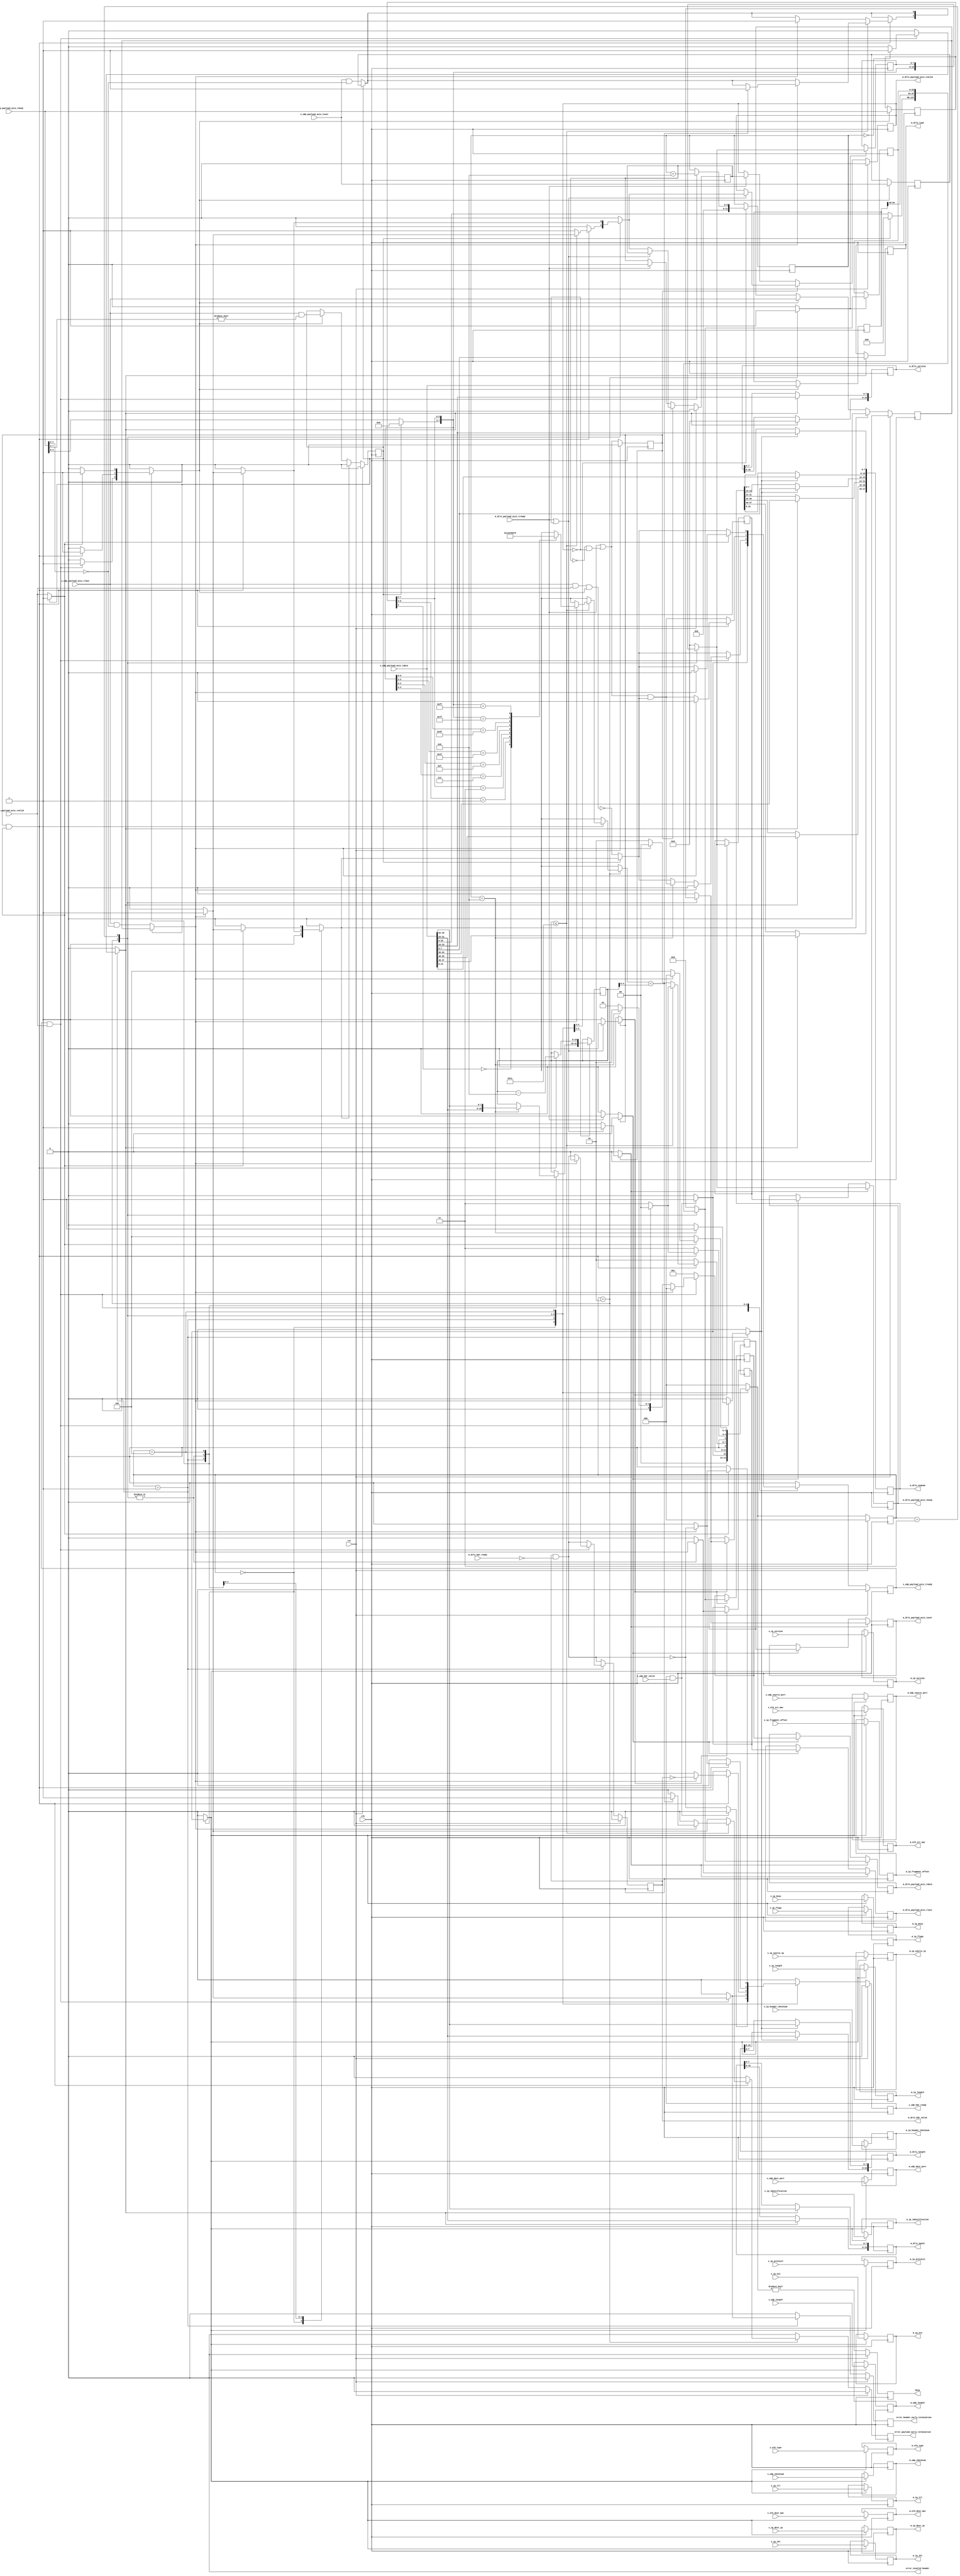
/*

Copyright (c) 2014-2018 Alex Forencich
Modified by Isaac Lee from ip_eth_rx_64.v

Permission is hereby granted, free of charge, to any person obtaining a copy
of this software and associated documentation files (the "Software"), to deal
in the Software without restriction, including without limitation the rights
to use, copy, modify, merge, publish, distribute, sublicense, and/or sell
copies of the Software, and to permit persons to whom the Software is
furnished to do so, subject to the following conditions:

The above copyright notice and this permission notice shall be included in
all copies or substantial portions of the Software.

THE SOFTWARE IS PROVIDED "AS IS", WITHOUT WARRANTY OF ANY KIND, EXPRESS OR
IMPLIED, INCLUDING BUT NOT LIMITED TO THE WARRANTIES OF MERCHANTABILITY
FITNESS FOR A PARTICULAR PURPOSE AND NONINFRINGEMENT. IN NO EVENT SHALL THE
AUTHORS OR COPYRIGHT HOLDERS BE LIABLE FOR ANY CLAIM, DAMAGES OR OTHER
LIABILITY, WHETHER IN AN ACTION OF CONTRACT, TORT OR OTHERWISE, ARISING FROM,
OUT OF OR IN CONNECTION WITH THE SOFTWARE OR THE USE OR OTHER DEALINGS IN
THE SOFTWARE.

*/

// Language: Verilog 2001

`resetall
`timescale 1ns / 1ps
`default_nettype none

/*
 * DTLS UDP frame receiver (UDP frame in, DTLS frame out, 64 bit datapath)
 */
module dtls_udp_rx_64
(
    input  wire        clk,
    input  wire        rst,

    /*
     * UDP frame input
     */
    input  wire        s_udp_hdr_valid,
    output wire        s_udp_hdr_ready,
    input  wire [47:0] s_eth_dest_mac,
    input  wire [47:0] s_eth_src_mac,
    input  wire [15:0] s_eth_type,
    input  wire [3:0]  s_ip_version,
    input  wire [3:0]  s_ip_ihl,
    input  wire [5:0]  s_ip_dscp,
    input  wire [1:0]  s_ip_ecn,
    input  wire [15:0] s_ip_length,
    input  wire [15:0] s_ip_identification,
    input  wire [2:0]  s_ip_flags,
    input  wire [12:0] s_ip_fragment_offset,
    input  wire [7:0]  s_ip_ttl,
    input  wire [7:0]  s_ip_protocol,
    input  wire [15:0] s_ip_header_checksum,
    input  wire [31:0] s_ip_source_ip,
    input  wire [31:0] s_ip_dest_ip,
    input  wire [15:0] s_udp_source_port,
    input  wire [15:0] s_udp_dest_port,
    input  wire [15:0] s_udp_length,
    input  wire [15:0] s_udp_checksum,
    input  wire [63:0] s_udp_payload_axis_tdata,
    input  wire [7:0]  s_udp_payload_axis_tkeep,
    input  wire        s_udp_payload_axis_tvalid,
    output wire        s_udp_payload_axis_tready,
    input  wire        s_udp_payload_axis_tlast,
    input  wire        s_udp_payload_axis_tuser,

    /*
     * DTLS frame output
     */
    output wire        m_dtls_hdr_valid,
    input  wire        m_dtls_hdr_ready,
    output wire [47:0] m_eth_dest_mac,
    output wire [47:0] m_eth_src_mac,
    output wire [15:0] m_eth_type,
    output wire [3:0]  m_ip_version,
    output wire [3:0]  m_ip_ihl,
    output wire [5:0]  m_ip_dscp,
    output wire [1:0]  m_ip_ecn,
    output wire [15:0] m_ip_length,
    output wire [15:0] m_ip_identification,
    output wire [2:0]  m_ip_flags,
    output wire [12:0] m_ip_fragment_offset,
    output wire [7:0]  m_ip_ttl,
    output wire [7:0]  m_ip_protocol,
    output wire [15:0] m_ip_header_checksum,
    output wire [31:0] m_ip_source_ip,
    output wire [31:0] m_ip_dest_ip,
    output wire [15:0] m_udp_source_port,
    output wire [15:0] m_udp_dest_port,
    output wire [15:0] m_udp_length,
    output wire [15:0] m_udp_checksum,
    output wire [7:0]  m_dtls_type,
    output wire [15:0] m_dtls_version,
    output wire [15:0] m_dtls_epoch,
    output wire [47:0] m_dtls_seqnum,
    output wire [15:0] m_dtls_length,
    output wire [63:0] m_dtls_payload_axis_tdata,
    output wire [7:0]  m_dtls_payload_axis_tkeep,
    output wire        m_dtls_payload_axis_tvalid,
    input  wire        m_dtls_payload_axis_tready,
    output wire        m_dtls_payload_axis_tlast,
    output wire        m_dtls_payload_axis_tuser,
    /*
     * Status signals
     */
    output wire        busy,
    output wire        error_header_early_termination,
    output wire        error_payload_early_termination,
    output wire        error_invalid_header
);

/*

DTLS Frame

 Field                       Length
 Destination MAC address     6 octets
 Source MAC address          6 octets
 Ethertype (0x0800)          2 octets
 Version (4)                 4 bits
 IHL (5-15)                  4 bits
 DSCP (0)                    6 bits
 ECN (0)                     2 bits
 length                      2 octets
 identification (0?)         2 octets
 flags (010)                 3 bits
 fragment offset (0)         13 bits
 time to live (64?)          1 octet
 protocol                    1 octet
 header checksum             2 octets
 source IP                   4 octets
 destination IP              4 octets
 options                     (IHL-5)*4 octets

 source port                 2 octets
 desination port             2 octets
 length                      2 octets
 checksum                    2 octets

 type                        1 octet
 version                     2 octets
 epoch                       2 octets
 sequence number             6 octets
 length                      2 octets

 payload                     length octets

This module receives a UDP frame with header fields in parallel and
payload on an AXI stream interface, decodes and strips the DTLS header fields,
then produces the header fields in parallel along with the DTLS payload in a
separate AXI stream.

*/

localparam [2:0]
    STATE_IDLE = 3'd0,
    STATE_READ_HEADER = 3'd1,
    STATE_READ_PAYLOAD = 3'd2,
    STATE_READ_PAYLOAD_LAST = 3'd3,
    STATE_WAIT_LAST = 3'd4;

reg [2:0] state_reg = STATE_IDLE, state_next;

// datapath control signals
reg store_udp_hdr;
reg store_hdr_word_0;
reg store_hdr_word_1;
reg store_last_word;

reg flush_save;
reg transfer_in_save;

reg [5:0] hdr_ptr_reg = 6'd0, hdr_ptr_next;
reg [15:0] word_count_reg = 16'd0, word_count_next;

reg [63:0] last_word_data_reg = 64'd0;
reg [7:0] last_word_keep_reg = 8'd0;

reg s_udp_hdr_ready_reg = 1'b0, s_udp_hdr_ready_next;
reg s_udp_payload_axis_tready_reg = 1'b0, s_udp_payload_axis_tready_next;

reg m_dtls_hdr_valid_reg = 1'b0, m_dtls_hdr_valid_next;
reg [47:0] m_eth_dest_mac_reg = 48'd0;
reg [47:0] m_eth_src_mac_reg = 48'd0;
reg [15:0] m_eth_type_reg = 16'd0;
reg [3:0] m_ip_version_reg = 4'd0;
reg [3:0] m_ip_ihl_reg = 4'd0;
reg [5:0] m_ip_dscp_reg = 6'd0;
reg [1:0] m_ip_ecn_reg = 2'd0;
reg [15:0] m_ip_length_reg = 16'd0;
reg [15:0] m_ip_identification_reg = 16'd0;
reg [2:0] m_ip_flags_reg = 3'd0;
reg [12:0] m_ip_fragment_offset_reg = 13'd0;
reg [7:0] m_ip_ttl_reg = 8'd0;
reg [7:0] m_ip_protocol_reg = 8'd0;
reg [15:0] m_ip_header_checksum_reg = 16'd0;
reg [31:0] m_ip_source_ip_reg = 32'd0;
reg [31:0] m_ip_dest_ip_reg = 32'd0;
reg [15:0] m_udp_source_port_reg = 16'd0;
reg [15:0] m_udp_dest_port_reg = 16'd0;
reg [15:0] m_udp_length_reg = 16'd0;
reg [15:0] m_udp_checksum_reg = 16'd0;
reg [7:0] m_dtls_type_reg = 8'd0;
reg [15:0] m_dtls_version_reg = 16'd0;
reg [15:0] m_dtls_epoch_reg = 16'd0;
reg [47:0] m_dtls_seqnum_reg = 48'd0;
reg [15:0] m_dtls_length_reg = 16'd0;

reg busy_reg = 1'b0;
reg error_header_early_termination_reg = 1'b0, error_header_early_termination_next;
reg error_payload_early_termination_reg = 1'b0, error_payload_early_termination_next;
reg error_invalid_header_reg = 1'b0, error_invalid_header_next;

reg [63:0] save_udp_payload_axis_tdata_reg = 64'd0;
reg [7:0] save_udp_payload_axis_tkeep_reg = 8'd0;
reg save_udp_payload_axis_tlast_reg = 1'b0;
reg save_udp_payload_axis_tuser_reg = 1'b0;

reg [63:0] shift_udp_payload_axis_tdata;
reg [7:0] shift_udp_payload_axis_tkeep;
reg shift_udp_payload_axis_tvalid;
reg shift_udp_payload_axis_tlast;
reg shift_udp_payload_axis_tuser;
reg shift_udp_payload_s_tready;
reg shift_udp_payload_extra_cycle_reg = 1'b0;

// internal datapath
reg [63:0] m_dtls_payload_axis_tdata_int;
reg [7:0]  m_dtls_payload_axis_tkeep_int;
reg        m_dtls_payload_axis_tvalid_int;
reg        m_dtls_payload_axis_tready_int_reg = 1'b0;
reg        m_dtls_payload_axis_tlast_int;
reg        m_dtls_payload_axis_tuser_int;
wire       m_dtls_payload_axis_tready_int_early;

assign s_udp_hdr_ready = s_udp_hdr_ready_reg;
assign s_udp_payload_axis_tready = s_udp_payload_axis_tready_reg;

assign m_dtls_hdr_valid = m_dtls_hdr_valid_reg;
assign m_eth_dest_mac = m_eth_dest_mac_reg;
assign m_eth_src_mac = m_eth_src_mac_reg;
assign m_eth_type = m_eth_type_reg;
assign m_ip_version = m_ip_version_reg;
assign m_ip_ihl = m_ip_ihl_reg;
assign m_ip_dscp = m_ip_dscp_reg;
assign m_ip_ecn = m_ip_ecn_reg;
assign m_ip_length = m_ip_length_reg;
assign m_ip_identification = m_ip_identification_reg;
assign m_ip_flags = m_ip_flags_reg;
assign m_ip_fragment_offset = m_ip_fragment_offset_reg;
assign m_ip_ttl = m_ip_ttl_reg;
assign m_ip_protocol = m_ip_protocol_reg;
assign m_ip_header_checksum = m_ip_header_checksum_reg;
assign m_ip_source_ip = m_ip_source_ip_reg;
assign m_ip_dest_ip = m_ip_dest_ip_reg;
assign m_udp_source_port = m_udp_source_port_reg;
assign m_udp_dest_port = m_udp_dest_port_reg;
assign m_udp_length = m_udp_length_reg;
assign m_udp_checksum = m_udp_checksum_reg;
assign m_dtls_type = m_dtls_type_reg;
assign m_dtls_version = m_dtls_version_reg;
assign m_dtls_epoch = m_dtls_epoch_reg;
assign m_dtls_seqnum = m_dtls_seqnum_reg;
assign m_dtls_length = m_dtls_length_reg;

assign busy = busy_reg;
assign error_header_early_termination = error_header_early_termination_reg;
assign error_payload_early_termination = error_payload_early_termination_reg;
assign error_invalid_header = error_invalid_header_reg;

function [3:0] keep2count;
    input [7:0] k;
    casez (k)
        8'bzzzzzzz0: keep2count = 4'd0;
        8'bzzzzzz01: keep2count = 4'd1;
        8'bzzzzz011: keep2count = 4'd2;
        8'bzzzz0111: keep2count = 4'd3;
        8'bzzz01111: keep2count = 4'd4;
        8'bzz011111: keep2count = 4'd5;
        8'bz0111111: keep2count = 4'd6;
        8'b01111111: keep2count = 4'd7;
        8'b11111111: keep2count = 4'd8;
    endcase
endfunction

function [7:0] count2keep;
    input [3:0] k;
    case (k)
        4'd0: count2keep = 8'b00000000;
        4'd1: count2keep = 8'b00000001;
        4'd2: count2keep = 8'b00000011;
        4'd3: count2keep = 8'b00000111;
        4'd4: count2keep = 8'b00001111;
        4'd5: count2keep = 8'b00011111;
        4'd6: count2keep = 8'b00111111;
        4'd7: count2keep = 8'b01111111;
        4'd8: count2keep = 8'b11111111;
    endcase
endfunction

always @* begin
    // shift udp payload by 5 octets so that start of dtls payload is aligned at start of 8 octet word
    shift_udp_payload_axis_tdata[23:0] = save_udp_payload_axis_tdata_reg[63:40];
    shift_udp_payload_axis_tkeep[2:0] = save_udp_payload_axis_tkeep_reg[7:5];

    if (shift_udp_payload_extra_cycle_reg) begin
        shift_udp_payload_axis_tdata[63:24] = 40'd0;
        shift_udp_payload_axis_tkeep[7:3] = 5'd0;
        shift_udp_payload_axis_tvalid = 1'b1;
        shift_udp_payload_axis_tlast = save_udp_payload_axis_tlast_reg;
        shift_udp_payload_axis_tuser = save_udp_payload_axis_tuser_reg;
        shift_udp_payload_s_tready = flush_save;
    end else begin
        shift_udp_payload_axis_tdata[63:24] = s_udp_payload_axis_tdata[39:0];
        shift_udp_payload_axis_tkeep[7:3] = s_udp_payload_axis_tkeep[4:0];
        shift_udp_payload_axis_tvalid = s_udp_payload_axis_tvalid;
        shift_udp_payload_axis_tlast = (s_udp_payload_axis_tlast && (s_udp_payload_axis_tkeep[7:4] == 0));
        shift_udp_payload_axis_tuser = (s_udp_payload_axis_tuser && (s_udp_payload_axis_tkeep[7:4] == 0));
        shift_udp_payload_s_tready = !(s_udp_payload_axis_tlast && s_udp_payload_axis_tvalid && transfer_in_save);
    end
end

always @* begin
    state_next = STATE_IDLE;

    flush_save = 1'b0;
    transfer_in_save = 1'b0;

    s_udp_hdr_ready_next = 1'b0;
    s_udp_payload_axis_tready_next = 1'b0;

    store_udp_hdr = 1'b0;
    store_hdr_word_0 = 1'b0;
    store_hdr_word_1 = 1'b0;

    store_last_word = 1'b0;

    hdr_ptr_next = hdr_ptr_reg;
    word_count_next = word_count_reg;

    m_dtls_hdr_valid_next = m_dtls_hdr_valid_reg && !m_dtls_hdr_ready;

    error_header_early_termination_next = 1'b0;
    error_payload_early_termination_next = 1'b0;
    error_invalid_header_next = 1'b0;

    m_dtls_payload_axis_tdata_int = 64'd0;
    m_dtls_payload_axis_tkeep_int = 8'd0;
    m_dtls_payload_axis_tvalid_int = 1'b0;
    m_dtls_payload_axis_tlast_int = 1'b0;
    m_dtls_payload_axis_tuser_int = 1'b0;

    case (state_reg)
        STATE_IDLE: begin
            // idle state - wait for header
            hdr_ptr_next = 6'd0;
            flush_save = 1'b1;
            s_udp_hdr_ready_next = !m_dtls_hdr_valid_next;

            if (s_udp_hdr_ready && s_udp_hdr_valid) begin
                s_udp_hdr_ready_next = 1'b0;
                s_udp_payload_axis_tready_next = 1'b1;
                store_udp_hdr = 1'b1;
                state_next = STATE_READ_HEADER;
            end else begin
                state_next = STATE_IDLE;
            end
        end
        STATE_READ_HEADER: begin
            // read header
            s_udp_payload_axis_tready_next = shift_udp_payload_s_tready;

            if (s_udp_payload_axis_tready && s_udp_payload_axis_tvalid) begin
                // word transfer in - store it
                hdr_ptr_next = hdr_ptr_reg + 6'd8;
                transfer_in_save = 1'b1;
                state_next = STATE_READ_HEADER;

                case (hdr_ptr_reg)
                    6'h00: begin
                        store_hdr_word_0 = 1'b1;
                    end
                    6'h08: begin
                        store_hdr_word_1 = 1'b1;
                        word_count_next = {s_udp_payload_axis_tdata[31:24], s_udp_payload_axis_tdata[39:32]};
                        s_udp_payload_axis_tready_next = m_dtls_payload_axis_tready_int_early && shift_udp_payload_s_tready;
                        // m_dtls_hdr_valid_next = 1'b1;
                        state_next = STATE_READ_PAYLOAD;
                        // if (m_dtls_version_reg != 16'hfefd) begin // DTLS 1.2 version is {254, 253}
                        //     error_invalid_header_next = 1'b1;
                        //     s_udp_payload_axis_tready_next = shift_udp_payload_s_tready;
                        //     state_next = STATE_WAIT_LAST;
                        // end else begin
                        //     s_udp_payload_axis_tready_next = m_dtls_payload_axis_tready_int_early && shift_udp_payload_s_tready;
                        //     state_next = STATE_READ_PAYLOAD;
                        // end
                    end
                endcase

                if (shift_udp_payload_axis_tlast) begin
                    error_header_early_termination_next = 1'b1;
                    error_invalid_header_next = 1'b0;
                    m_dtls_hdr_valid_next = 1'b0;
                    s_udp_hdr_ready_next = !m_dtls_hdr_valid_next;
                    s_udp_payload_axis_tready_next = 1'b0;
                    state_next = STATE_IDLE;
                end

            end else begin
                state_next = STATE_READ_HEADER;
            end
        end
        STATE_READ_PAYLOAD: begin
            // read payload
            s_udp_payload_axis_tready_next = m_dtls_payload_axis_tready_int_early && shift_udp_payload_s_tready;
            m_dtls_payload_axis_tdata_int = shift_udp_payload_axis_tdata;
            m_dtls_payload_axis_tkeep_int = shift_udp_payload_axis_tkeep;
            m_dtls_payload_axis_tlast_int = shift_udp_payload_axis_tlast;
            m_dtls_payload_axis_tuser_int = shift_udp_payload_axis_tuser;

            store_last_word = 1'b1;

            if (m_dtls_payload_axis_tready_int_reg && shift_udp_payload_axis_tvalid) begin
                // word transfer through
                word_count_next = word_count_reg - 16'd8;
                transfer_in_save = 1'b1;
                m_dtls_payload_axis_tvalid_int = 1'b1;
                if (word_count_reg <= (8 + 20)) begin // 20 bytes for sha hash
                    // have entire payload
                    m_dtls_payload_axis_tkeep_int = shift_udp_payload_axis_tkeep; // & count2keep(word_count_reg);
                    if (shift_udp_payload_axis_tlast) begin
                        if (keep2count(shift_udp_payload_axis_tkeep) < word_count_reg[4:0]) begin
                            // end of frame, but length does not match
                            error_payload_early_termination_next = 1'b1;
                            m_dtls_payload_axis_tuser_int = 1'b1;
                        end
                        s_udp_payload_axis_tready_next = 1'b0;
                        flush_save = 1'b1;
                        s_udp_hdr_ready_next = !m_dtls_hdr_valid_reg;
                        state_next = STATE_IDLE;
                    end else begin
                        m_dtls_payload_axis_tvalid_int = 1'b0;
                        state_next = STATE_READ_PAYLOAD_LAST;
                    end
                end else begin
                    if (shift_udp_payload_axis_tlast) begin
                        // end of frame, but length does not match
                        error_payload_early_termination_next = 1'b1;
                        m_dtls_payload_axis_tuser_int = 1'b1;
                        s_udp_payload_axis_tready_next = 1'b0;
                        flush_save = 1'b1;
                        s_udp_hdr_ready_next = !m_dtls_hdr_valid_reg;
                        state_next = STATE_IDLE;
                    end else begin
                        state_next = STATE_READ_PAYLOAD;
                    end
                end
            end else begin
                state_next = STATE_READ_PAYLOAD;
            end

        end
        STATE_READ_PAYLOAD_LAST: begin
            // read and discard until end of frame
            s_udp_payload_axis_tready_next = m_dtls_payload_axis_tready_int_early && shift_udp_payload_s_tready;

            m_dtls_payload_axis_tdata_int = last_word_data_reg;
            m_dtls_payload_axis_tkeep_int = last_word_keep_reg;
            m_dtls_payload_axis_tlast_int = shift_udp_payload_axis_tlast;
            m_dtls_payload_axis_tuser_int = shift_udp_payload_axis_tuser;

            if (m_dtls_payload_axis_tready_int_reg && shift_udp_payload_axis_tvalid) begin
                transfer_in_save = 1'b1;
                if (shift_udp_payload_axis_tlast) begin
                    s_udp_payload_axis_tready_next = 1'b0;
                    flush_save = 1'b1;
                    s_udp_hdr_ready_next = !m_dtls_hdr_valid_next;
                    m_dtls_payload_axis_tvalid_int = 1'b1;
                    state_next = STATE_IDLE;
                end else begin
                    state_next = STATE_READ_PAYLOAD_LAST;
                end
            end else begin
                state_next = STATE_READ_PAYLOAD_LAST;
            end
        end
        STATE_WAIT_LAST: begin
            // read and discard until end of frame
            s_udp_payload_axis_tready_next = shift_udp_payload_s_tready;

            if (shift_udp_payload_axis_tvalid) begin
                transfer_in_save = 1'b1;
                if (shift_udp_payload_axis_tlast) begin
                    s_udp_payload_axis_tready_next = 1'b0;
                    flush_save = 1'b1;
                    s_udp_hdr_ready_next = !m_dtls_hdr_valid_next;
                    state_next = STATE_IDLE;
                end else begin
                    state_next = STATE_WAIT_LAST;
                end
            end else begin
                state_next = STATE_WAIT_LAST;
            end
        end
    endcase
end

always @(posedge clk) begin
    if (rst) begin
        state_reg <= STATE_IDLE;
        s_udp_hdr_ready_reg <= 1'b0;
        s_udp_payload_axis_tready_reg <= 1'b0;
        m_dtls_hdr_valid_reg <= 1'b0;
        save_udp_payload_axis_tlast_reg <= 1'b0;
        shift_udp_payload_extra_cycle_reg <= 1'b0;
        busy_reg <= 1'b0;
        error_header_early_termination_reg <= 1'b0;
        error_payload_early_termination_reg <= 1'b0;
        error_invalid_header_reg <= 1'b0;
        // error_invalid_checksum_reg <= 1'b0;
    end else begin
        state_reg <= state_next;

        s_udp_hdr_ready_reg <= s_udp_hdr_ready_next;
        s_udp_payload_axis_tready_reg <= s_udp_payload_axis_tready_next;

        m_dtls_hdr_valid_reg <= m_dtls_hdr_valid_next;

        error_header_early_termination_reg <= error_header_early_termination_next;
        error_payload_early_termination_reg <= error_payload_early_termination_next;
        error_invalid_header_reg <= error_invalid_header_next;
        // error_invalid_checksum_reg <= error_invalid_checksum_next;

        busy_reg <= state_next != STATE_IDLE;

        // datapath
        if (flush_save) begin
            save_udp_payload_axis_tlast_reg <= 1'b0;
            shift_udp_payload_extra_cycle_reg <= 1'b0;
        end else if (transfer_in_save) begin
            save_udp_payload_axis_tlast_reg <= s_udp_payload_axis_tlast;
            shift_udp_payload_extra_cycle_reg <= s_udp_payload_axis_tlast && (s_udp_payload_axis_tkeep[7:3] != 0);
        end
    end

    hdr_ptr_reg <= hdr_ptr_next;
    word_count_reg <= word_count_next;

    // datapath
    if (store_udp_hdr) begin
        m_eth_dest_mac_reg <= s_eth_dest_mac;
        m_eth_src_mac_reg <= s_eth_src_mac;
        m_eth_type_reg <= s_eth_type;
        m_ip_version_reg <= s_ip_version;
        m_ip_ihl_reg <= s_ip_ihl;
        m_ip_dscp_reg <= s_ip_dscp;
        m_ip_ecn_reg <= s_ip_ecn;
        m_ip_length_reg <= s_ip_length;
        m_ip_identification_reg <= s_ip_identification;
        m_ip_flags_reg <= s_ip_flags;
        m_ip_fragment_offset_reg <= s_ip_fragment_offset;
        m_ip_ttl_reg <= s_ip_ttl;
        m_ip_protocol_reg <= s_ip_protocol;
        m_ip_header_checksum_reg <= s_ip_header_checksum;
        m_ip_source_ip_reg <= s_ip_source_ip;
        m_ip_dest_ip_reg <= s_ip_dest_ip;
        m_udp_source_port_reg <= s_udp_source_port;
        m_udp_dest_port_reg <= s_udp_dest_port;
        m_udp_length_reg <= s_udp_length;
        m_udp_checksum_reg <= s_udp_checksum;
    end

    if (store_last_word) begin
        last_word_data_reg <= m_dtls_payload_axis_tdata_int;
        last_word_keep_reg <= m_dtls_payload_axis_tkeep_int;
    end

    if (store_hdr_word_0) begin
        m_dtls_type_reg <= s_udp_payload_axis_tdata[ 7: 0];
        m_dtls_version_reg[15: 0] <= s_udp_payload_axis_tdata[15: 8];
        m_dtls_version_reg[7: 0] <= s_udp_payload_axis_tdata[23:16];
        m_dtls_epoch_reg[15: 8] <= s_udp_payload_axis_tdata[31:24];
        m_dtls_epoch_reg[ 7: 0] <= s_udp_payload_axis_tdata[39:32];
        m_dtls_seqnum_reg[47:40] <= s_udp_payload_axis_tdata[47:40];
        m_dtls_seqnum_reg[39:32] <= s_udp_payload_axis_tdata[55:48];
        m_dtls_seqnum_reg[31:24] <= s_udp_payload_axis_tdata[63:56];
    end

    if (store_hdr_word_1) begin
        m_dtls_seqnum_reg[23:16] <= s_udp_payload_axis_tdata[ 7: 0];
        m_dtls_seqnum_reg[15: 8] <= s_udp_payload_axis_tdata[15: 8];
        m_dtls_seqnum_reg[ 7: 0] <= s_udp_payload_axis_tdata[23:16];
        m_dtls_length_reg[15: 8] <= s_udp_payload_axis_tdata[31:24];
        m_dtls_length_reg[ 7: 0] <= s_udp_payload_axis_tdata[39:32];
    end

    if (transfer_in_save) begin
        save_udp_payload_axis_tdata_reg <= s_udp_payload_axis_tdata;
        save_udp_payload_axis_tkeep_reg <= s_udp_payload_axis_tkeep;
        save_udp_payload_axis_tuser_reg <= s_udp_payload_axis_tuser;
    end
end

// output datapath logic
reg [63:0] m_dtls_payload_axis_tdata_reg = 64'd0;
reg [7:0]  m_dtls_payload_axis_tkeep_reg = 8'd0;
reg        m_dtls_payload_axis_tvalid_reg = 1'b0, m_dtls_payload_axis_tvalid_next;
reg        m_dtls_payload_axis_tlast_reg = 1'b0;
reg        m_dtls_payload_axis_tuser_reg = 1'b0;

reg [63:0] temp_m_dtls_payload_axis_tdata_reg = 64'd0;
reg [7:0]  temp_m_dtls_payload_axis_tkeep_reg = 8'd0;
reg        temp_m_dtls_payload_axis_tvalid_reg = 1'b0, temp_m_dtls_payload_axis_tvalid_next;
reg        temp_m_dtls_payload_axis_tlast_reg = 1'b0;
reg        temp_m_dtls_payload_axis_tuser_reg = 1'b0;

// datapath control
reg store_dtls_payload_int_to_output;
reg store_dtls_payload_int_to_temp;
reg store_dtls_payload_axis_temp_to_output;

assign m_dtls_payload_axis_tdata = m_dtls_payload_axis_tdata_reg;
assign m_dtls_payload_axis_tkeep = m_dtls_payload_axis_tkeep_reg;
assign m_dtls_payload_axis_tvalid = m_dtls_payload_axis_tvalid_reg;
assign m_dtls_payload_axis_tlast = m_dtls_payload_axis_tlast_reg;
assign m_dtls_payload_axis_tuser = m_dtls_payload_axis_tuser_reg;

// enable ready input next cycle if output is ready or if both output registers are empty
assign m_dtls_payload_axis_tready_int_early = m_dtls_payload_axis_tready || (!temp_m_dtls_payload_axis_tvalid_reg && !m_dtls_payload_axis_tvalid_reg);

always @* begin
    // transfer sink ready state to source
    m_dtls_payload_axis_tvalid_next = m_dtls_payload_axis_tvalid_reg;
    temp_m_dtls_payload_axis_tvalid_next = temp_m_dtls_payload_axis_tvalid_reg;

    store_dtls_payload_int_to_output = 1'b0;
    store_dtls_payload_int_to_temp = 1'b0;
    store_dtls_payload_axis_temp_to_output = 1'b0;
    
    if (m_dtls_payload_axis_tready_int_reg) begin
        // input is ready
        if (m_dtls_payload_axis_tready || !m_dtls_payload_axis_tvalid_reg) begin
            // output is ready or currently not valid, transfer data to output
            m_dtls_payload_axis_tvalid_next = m_dtls_payload_axis_tvalid_int;
            store_dtls_payload_int_to_output = 1'b1;
        end else begin
            // output is not ready, store input in temp
            temp_m_dtls_payload_axis_tvalid_next = m_dtls_payload_axis_tvalid_int;
            store_dtls_payload_int_to_temp = 1'b1;
        end
    end else if (m_dtls_payload_axis_tready) begin
        // input is not ready, but output is ready
        m_dtls_payload_axis_tvalid_next = temp_m_dtls_payload_axis_tvalid_reg;
        temp_m_dtls_payload_axis_tvalid_next = 1'b0;
        store_dtls_payload_axis_temp_to_output = 1'b1;
    end
end

always @(posedge clk) begin
    m_dtls_payload_axis_tvalid_reg <= m_dtls_payload_axis_tvalid_next;
    m_dtls_payload_axis_tready_int_reg <= m_dtls_payload_axis_tready_int_early;
    temp_m_dtls_payload_axis_tvalid_reg <= temp_m_dtls_payload_axis_tvalid_next;

    // datapath
    if (store_dtls_payload_int_to_output) begin
        m_dtls_payload_axis_tdata_reg <= m_dtls_payload_axis_tdata_int;
        m_dtls_payload_axis_tkeep_reg <= m_dtls_payload_axis_tkeep_int;
        m_dtls_payload_axis_tlast_reg <= m_dtls_payload_axis_tlast_int;
        m_dtls_payload_axis_tuser_reg <= m_dtls_payload_axis_tuser_int;
    end else if (store_dtls_payload_axis_temp_to_output) begin
        m_dtls_payload_axis_tdata_reg <= temp_m_dtls_payload_axis_tdata_reg;
        m_dtls_payload_axis_tkeep_reg <= temp_m_dtls_payload_axis_tkeep_reg;
        m_dtls_payload_axis_tlast_reg <= temp_m_dtls_payload_axis_tlast_reg;
        m_dtls_payload_axis_tuser_reg <= temp_m_dtls_payload_axis_tuser_reg;
    end

    if (store_dtls_payload_int_to_temp) begin
        temp_m_dtls_payload_axis_tdata_reg <= m_dtls_payload_axis_tdata_int;
        temp_m_dtls_payload_axis_tkeep_reg <= m_dtls_payload_axis_tkeep_int;
        temp_m_dtls_payload_axis_tlast_reg <= m_dtls_payload_axis_tlast_int;
        temp_m_dtls_payload_axis_tuser_reg <= m_dtls_payload_axis_tuser_int;
    end

    if (rst) begin
        m_dtls_payload_axis_tvalid_reg <= 1'b0;
        m_dtls_payload_axis_tready_int_reg <= 1'b0;
        temp_m_dtls_payload_axis_tvalid_reg <= 1'b0;
    end
end

endmodule

`resetall